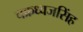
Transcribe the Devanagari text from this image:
चक्रध्वजसिंह